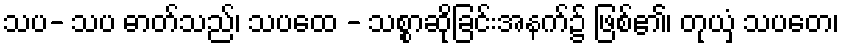
သပ- သပ ဓာတ်သည်၊ သပထေ - သစ္စာဆိုခြင်းအနက်၌ ဖြစ်၏၊ တုယှံ သပတေ၊